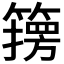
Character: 𮆇